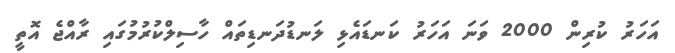
އަހަރު ކުރިން 2000 ވަނަ އަހަރު ކަނޑައެޅި ލަނޑުދަނޑިތައް ހާސިލްކުރުމުގައި ރާއްޖެ އޮތީ